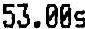
53.00S